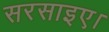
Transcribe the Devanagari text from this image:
सरसाइए।